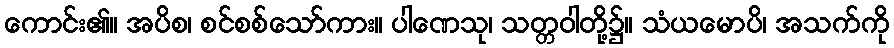
ကောင်း၏။ အပိစ၊ စင်စစ်သော်ကား။ ပါဏေသု၊ သတ္တဝါတို့၌။ သံယမောပိ၊ အသက်ကို